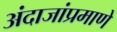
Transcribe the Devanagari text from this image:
अंदाजांप्रमाणे